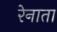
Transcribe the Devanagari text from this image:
रेनाता